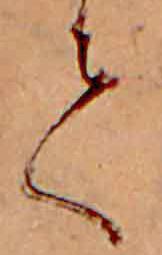
て